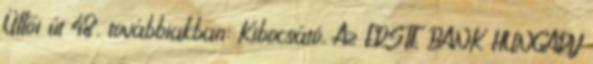
Üllői út 48. továbbiakban: Kibocsátó, Az ERSTE BANK HUNGARY